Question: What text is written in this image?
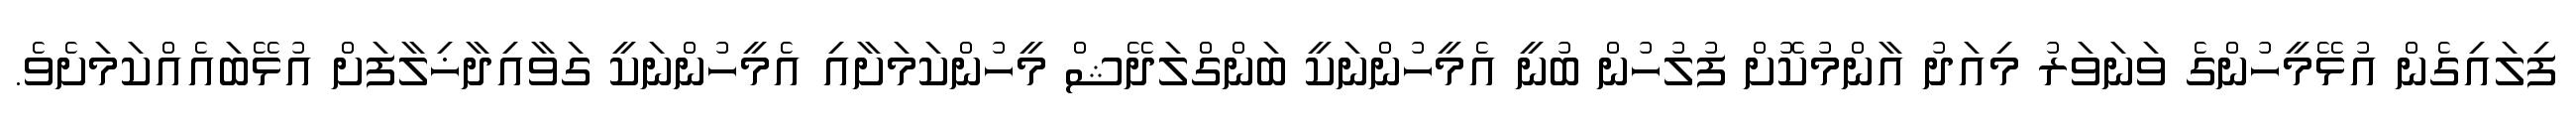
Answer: ފިލައިގެން އުޅޭމީހުންގެ ވަނަވަރު މިއަދު އާންމުކޮށް ފުލުހުން ބުނީ އެމީހުންނަކީ ބަންގްލަދޭޝް މީހުންކަމަށާއި އެމީހުންނަކީ ގަވާއިދާޚިލާފަށް އުޅޭބައެއްކަމަށެވެ.